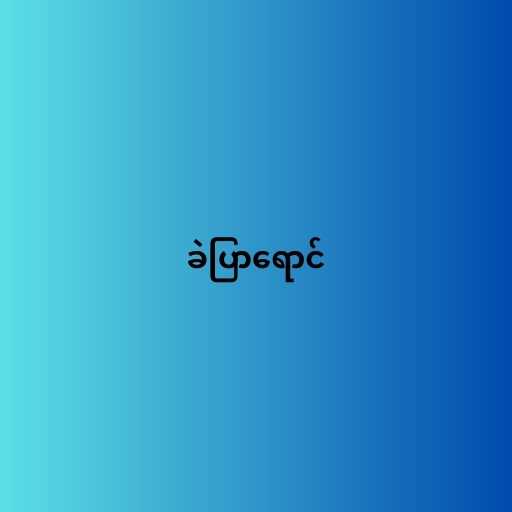
ခဲပြာရောင်